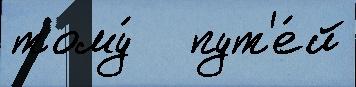
тому́   пут'е́й